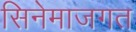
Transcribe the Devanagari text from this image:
सिनेमाजगत